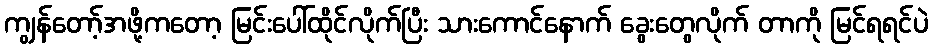
ကျွန်တော့်အဖို့ကတော့ မြင်းပေါ်ထိုင်လိုက်ပြီး သားကောင်နောက် ခွေးတွေလိုက် တာကို မြင်ရရင်ပဲ